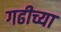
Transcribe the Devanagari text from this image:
गढीच्या